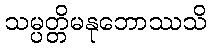
သမ္ပတ္တိမနုဘောဿသိ